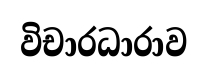
විචාරධාරාව